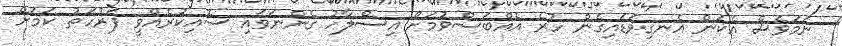
ނަމަވެސް އެކަން އެނގިވަޑައިގެން ހުރެ އެއްބަސްވުމަށް އިސްލާހު ގެންނަވައި ސޮއިކުރެއްވީ ފަރުހަތު ކަމަށް